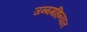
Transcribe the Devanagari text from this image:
जन्ममहिन्यात